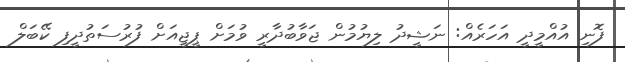
ފޮނި އުއްމީދީ އަހަރެއް: ނަޝީދު ލިޔުމުން ޖަވާބުދާރީ ވުމަށް ޕީޖީއަށް ފުރުސަތުދީފި ކޭބަލް